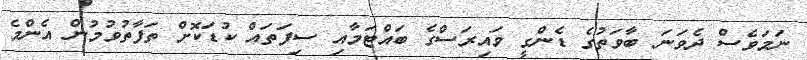
ނަމަވެސް ދެވަނަ ބާވަތުގެ ޑެންގީ ވައިރަސްގެ ބައްޓަމާއި ސިފަތައް ކުޑަކޮށް ތަފާތުވުމުން އެންމެ